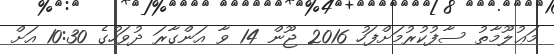
މަޢުލޫމާތު ސާފުކުރުމަށްފަހު 2016 ޖޫން 14 ވާ އަންގާރަ ދުވަހުގެ 10:30 އަށް